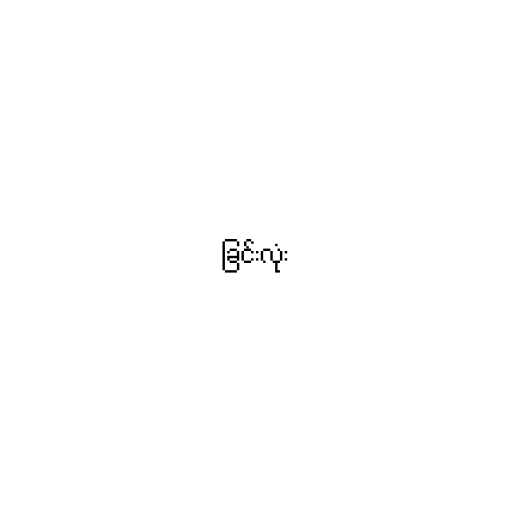
ခြင်းလုံး